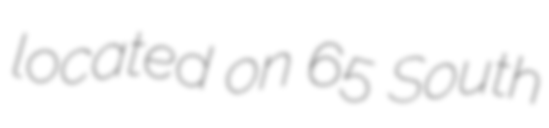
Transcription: located on 65 South